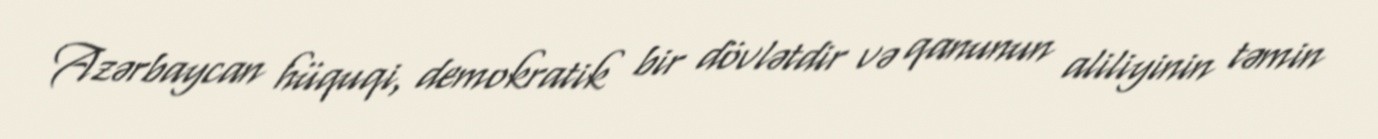
Azərbaycan hüquqi, demokratik bir dövlətdir və qanunun aliliyinin təmin